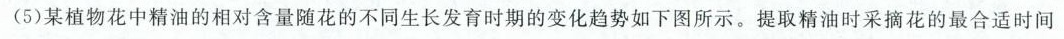
(5)某植物花中精油的相对含量随花的不同生长发育时期的变化趋势如下图所示。提取精油时采摘花的最合适时间